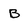
Character: B